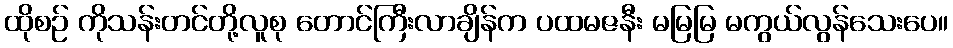
ထိုစဉ် ကိုသန်းတင်တို့လူစု တောင်ကြီးလာချိန်က ပထမဇနီး မမြမြ မကွယ်လွန်သေးပေ။